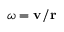
\omega = \mathbf { v } / \mathbf { r }